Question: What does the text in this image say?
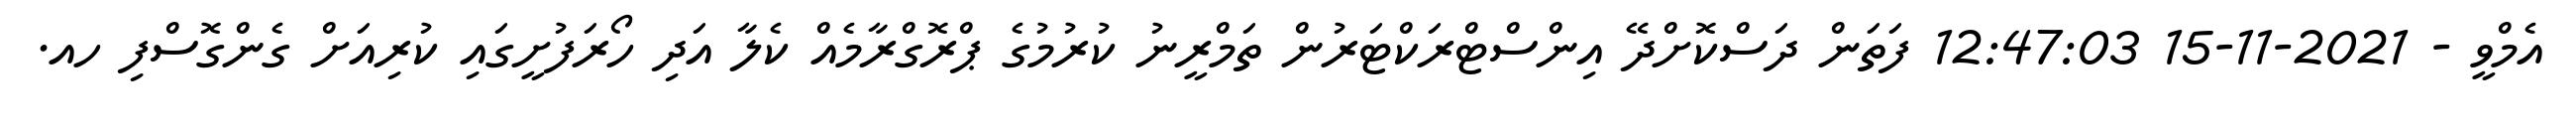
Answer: އެމްވީ - 2021-11-15 12:47:03 ފަތަން ދަސްކޮށްދޭ އިންސްޓްރަކްޓަރުން ތަމްރީނު ކުރުމުގެ ޕްރޮގްރާމެއް ކެލާ އަދި ހޯރަފުށީގައި ކުރިއަށް ގެންގޮސްފި ހއ.